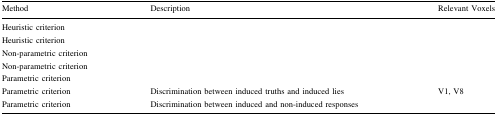
<table><thead><tr><td><b>Method</b></td><td><b>Description</b></td><td><b>Relevant Voxels</b></td></tr></thead><tbody><tr><td>Heuristic criterion</td><td>[EMPTY_CELL]</td><td>[EMPTY_CELL]</td></tr><tr><td>Heuristic criterion</td><td>[EMPTY_CELL]</td><td>[EMPTY_CELL]</td></tr><tr><td>Non-parametric criterion</td><td>[EMPTY_CELL]</td><td>[EMPTY_CELL]</td></tr><tr><td>Non-parametric criterion</td><td>[EMPTY_CELL]</td><td>[EMPTY_CELL]</td></tr><tr><td>Parametric criterion</td><td>[EMPTY_CELL]</td><td>[EMPTY_CELL]</td></tr><tr><td>Parametric criterion</td><td>Discrimination between induced truths and induced lies</td><td>V1, V8</td></tr><tr><td>Parametric criterion</td><td>Discrimination between induced and non-induced responses</td><td>[EMPTY_CELL]</td></tr></tbody></table>